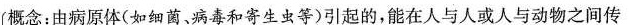
概念：由病原体(如细菌、病毒和寄生虫等)引起的，能在人与人或人与动物之间传